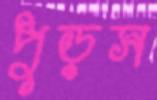
পুড়স